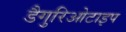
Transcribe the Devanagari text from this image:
डैगुरिओटाइप